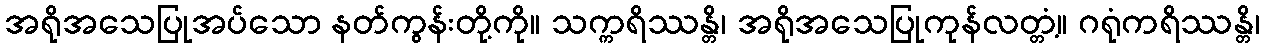
အရိုအသေပြုအပ်သော နတ်ကွန်းတို့ကို။ သက္ကရိဿန္တိ၊ အရိုအသေပြုကုန်လတ္တံ့။ ဂရုံကရိဿန္တိ၊